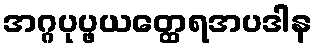
အဂ္ဂပုပ္ဖယတ္ထေရအပဒါန